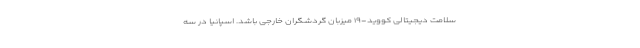
سلامت دیجیتالی کووید-۱۹ میزبان گردشگران خارجی باشد. اسپانیا در سه